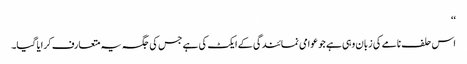
‘‘
اس حلف نامے کی زبان وہی ہے جو عوامی نمائندگی کے ایکٹ کی ہے جس کی جگہ یہ متعارف کرایا گیا۔